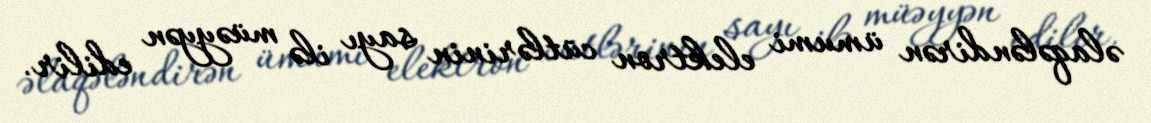
əlaqələndirən ümumi elektron cütlərinin sayı ilə müəyyən edilir.